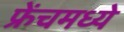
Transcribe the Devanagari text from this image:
फ्रेंचमध्ये